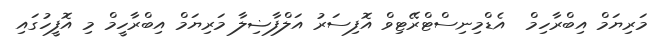
މަރިޔަމް އިބްރާހިމް  އެޑްމިނިސްޓްރޭޓިވް އޮފިސަރު އަލްފާޟިލާ މަރިޔަމް އިބްރާހީމް މި އޮފީހުގައި